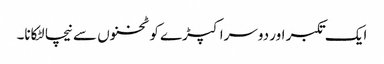
ایک تکبر اور دوسرا کپڑے کو ٹخنوں سے نیچا لٹکانا۔